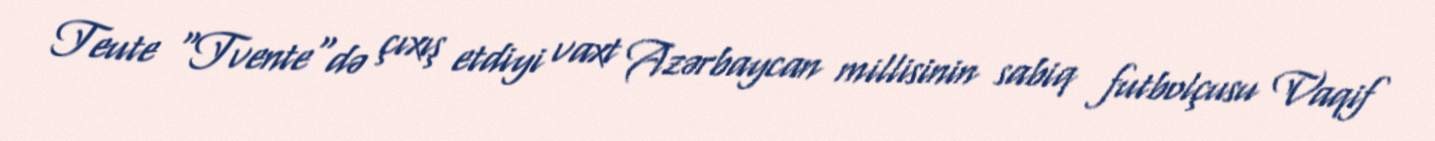
Teute "Tvente"də çıxış etdiyi vaxt Azərbaycan millisinin sabiq futbolçusu Vaqif